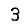
Digit: 3